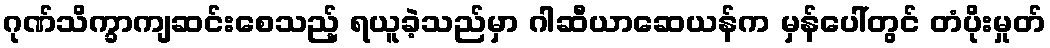
ဂုဏ်သိက္ခာကျဆင်းစေသည့် ရယူခဲ့သည်မှာ ဂါဆီယာဆေယန်က မှန်ပေါ်တွင် တံပိုးမှုတ်